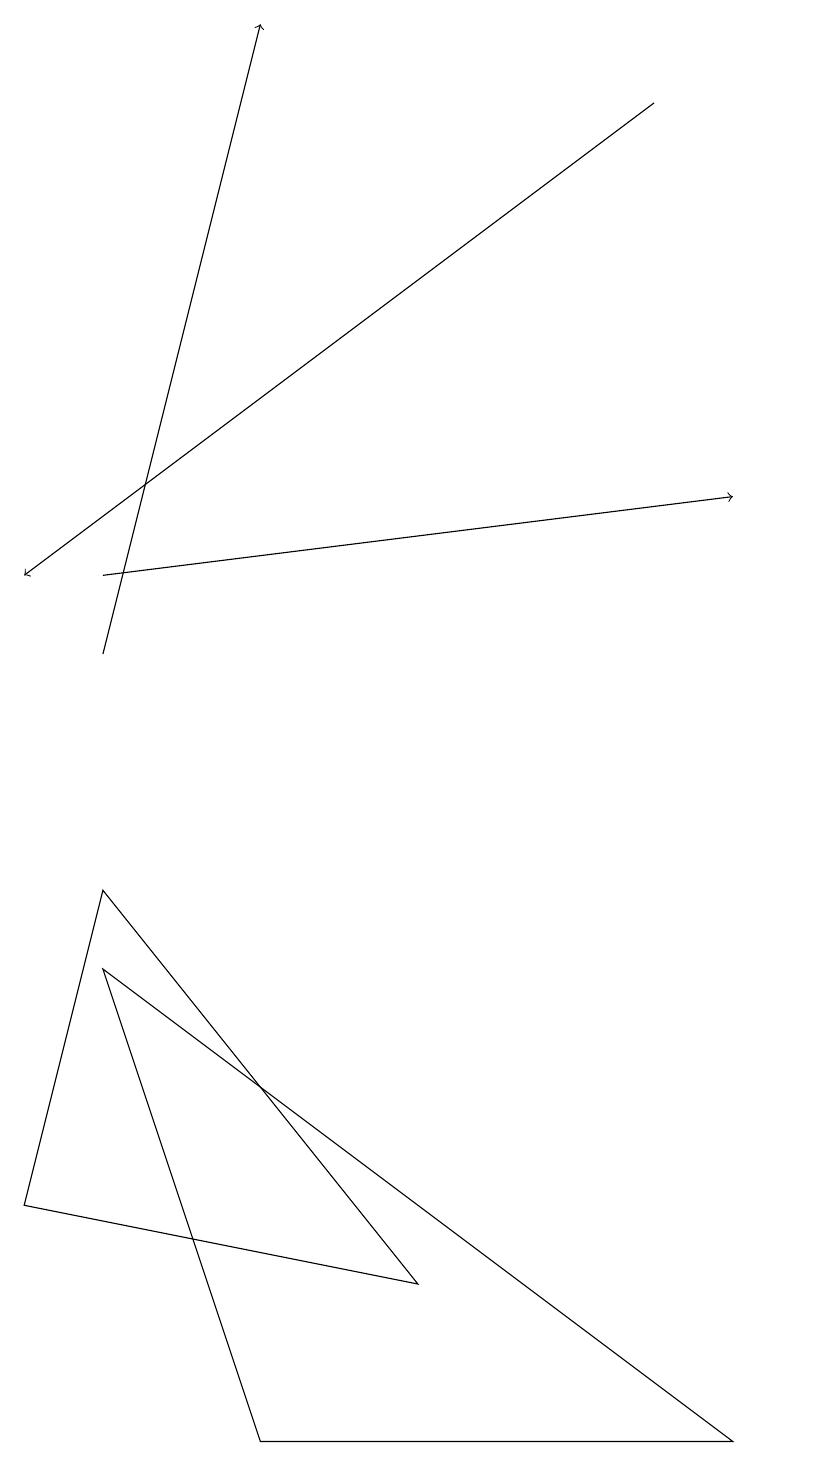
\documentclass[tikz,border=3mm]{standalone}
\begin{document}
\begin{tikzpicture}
\draw (1,7) -- (0,3) -- (5,2) -- cycle;
\draw[->] (1,10) -- (3,18);
\draw[->] (8,17) -- (0,11);
\draw (9,0) -- (3,0) -- (1,6) -- cycle;
\draw (10,11) circle (0);
\draw[->] (1,11) -- (9,12);
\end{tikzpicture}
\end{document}